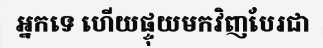
អ្នកទេ ហើយផ្ទុយមកវិញបែរជា